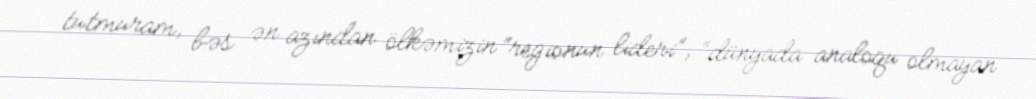
tutmuram, bəs ən azından ölkəmizin “regionun lideri”, “dünyada analoqu olmayan